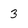
Character: 3